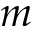
m